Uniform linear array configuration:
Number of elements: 48
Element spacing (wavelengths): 1
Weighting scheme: uniform
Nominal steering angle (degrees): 30
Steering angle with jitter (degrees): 29.084
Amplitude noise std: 0.05
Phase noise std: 0.05

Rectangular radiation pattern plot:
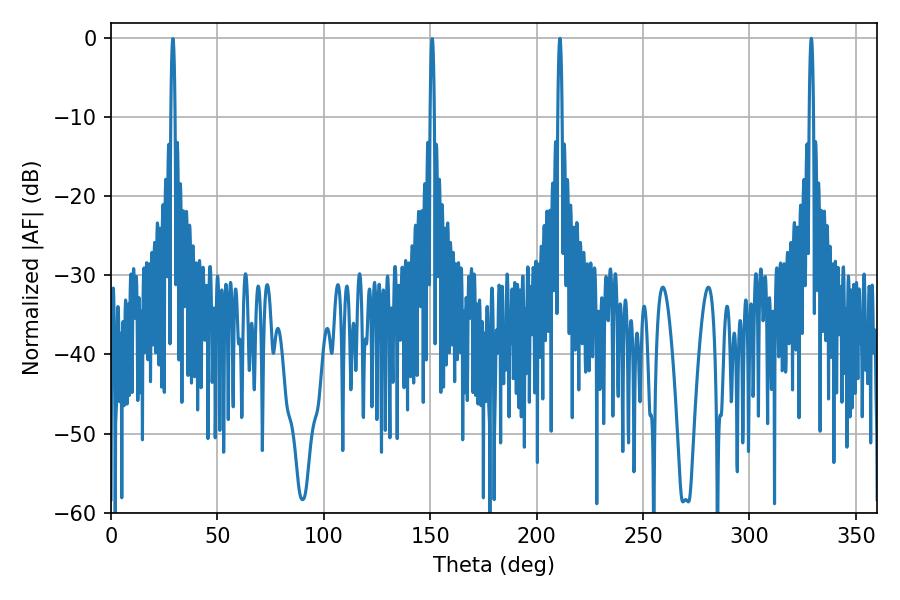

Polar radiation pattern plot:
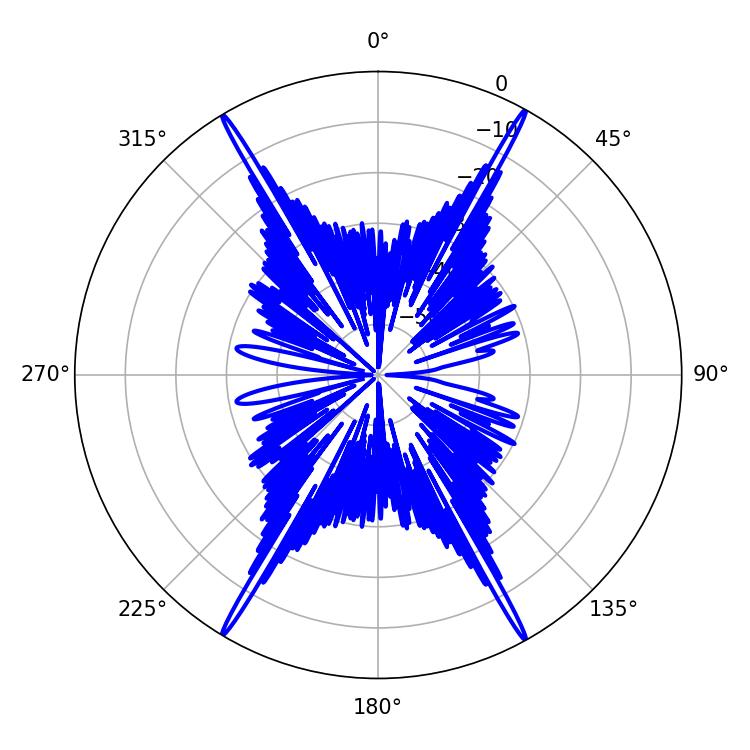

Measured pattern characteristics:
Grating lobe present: TRUE
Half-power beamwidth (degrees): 1.08
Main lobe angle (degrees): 329.04